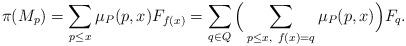
LaTeX: \begin{align*} \pi(M_p)=\sum_{p\leq x}\mu_{P}(p,x)F_{f(x)}=\sum_{q\in Q}\Big( \sum_{p\leq x,\ f(x)=q}\mu_{P}(p,x)\Big)F_q.\end{align*}